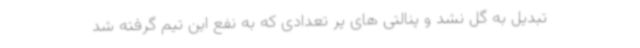
تبدیل به گل نشد و پنالتی های پر تعدادی که به نفع این تیم گرفته شد